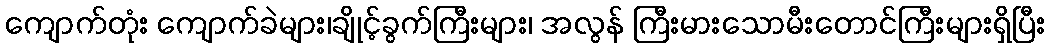
ကျောက်တုံး ကျောက်ခဲများ၊ချိုင့်ခွက်ကြီးများ၊ အလွန် ကြီးမားသောမီးတောင်ကြီးများရှိပြီး